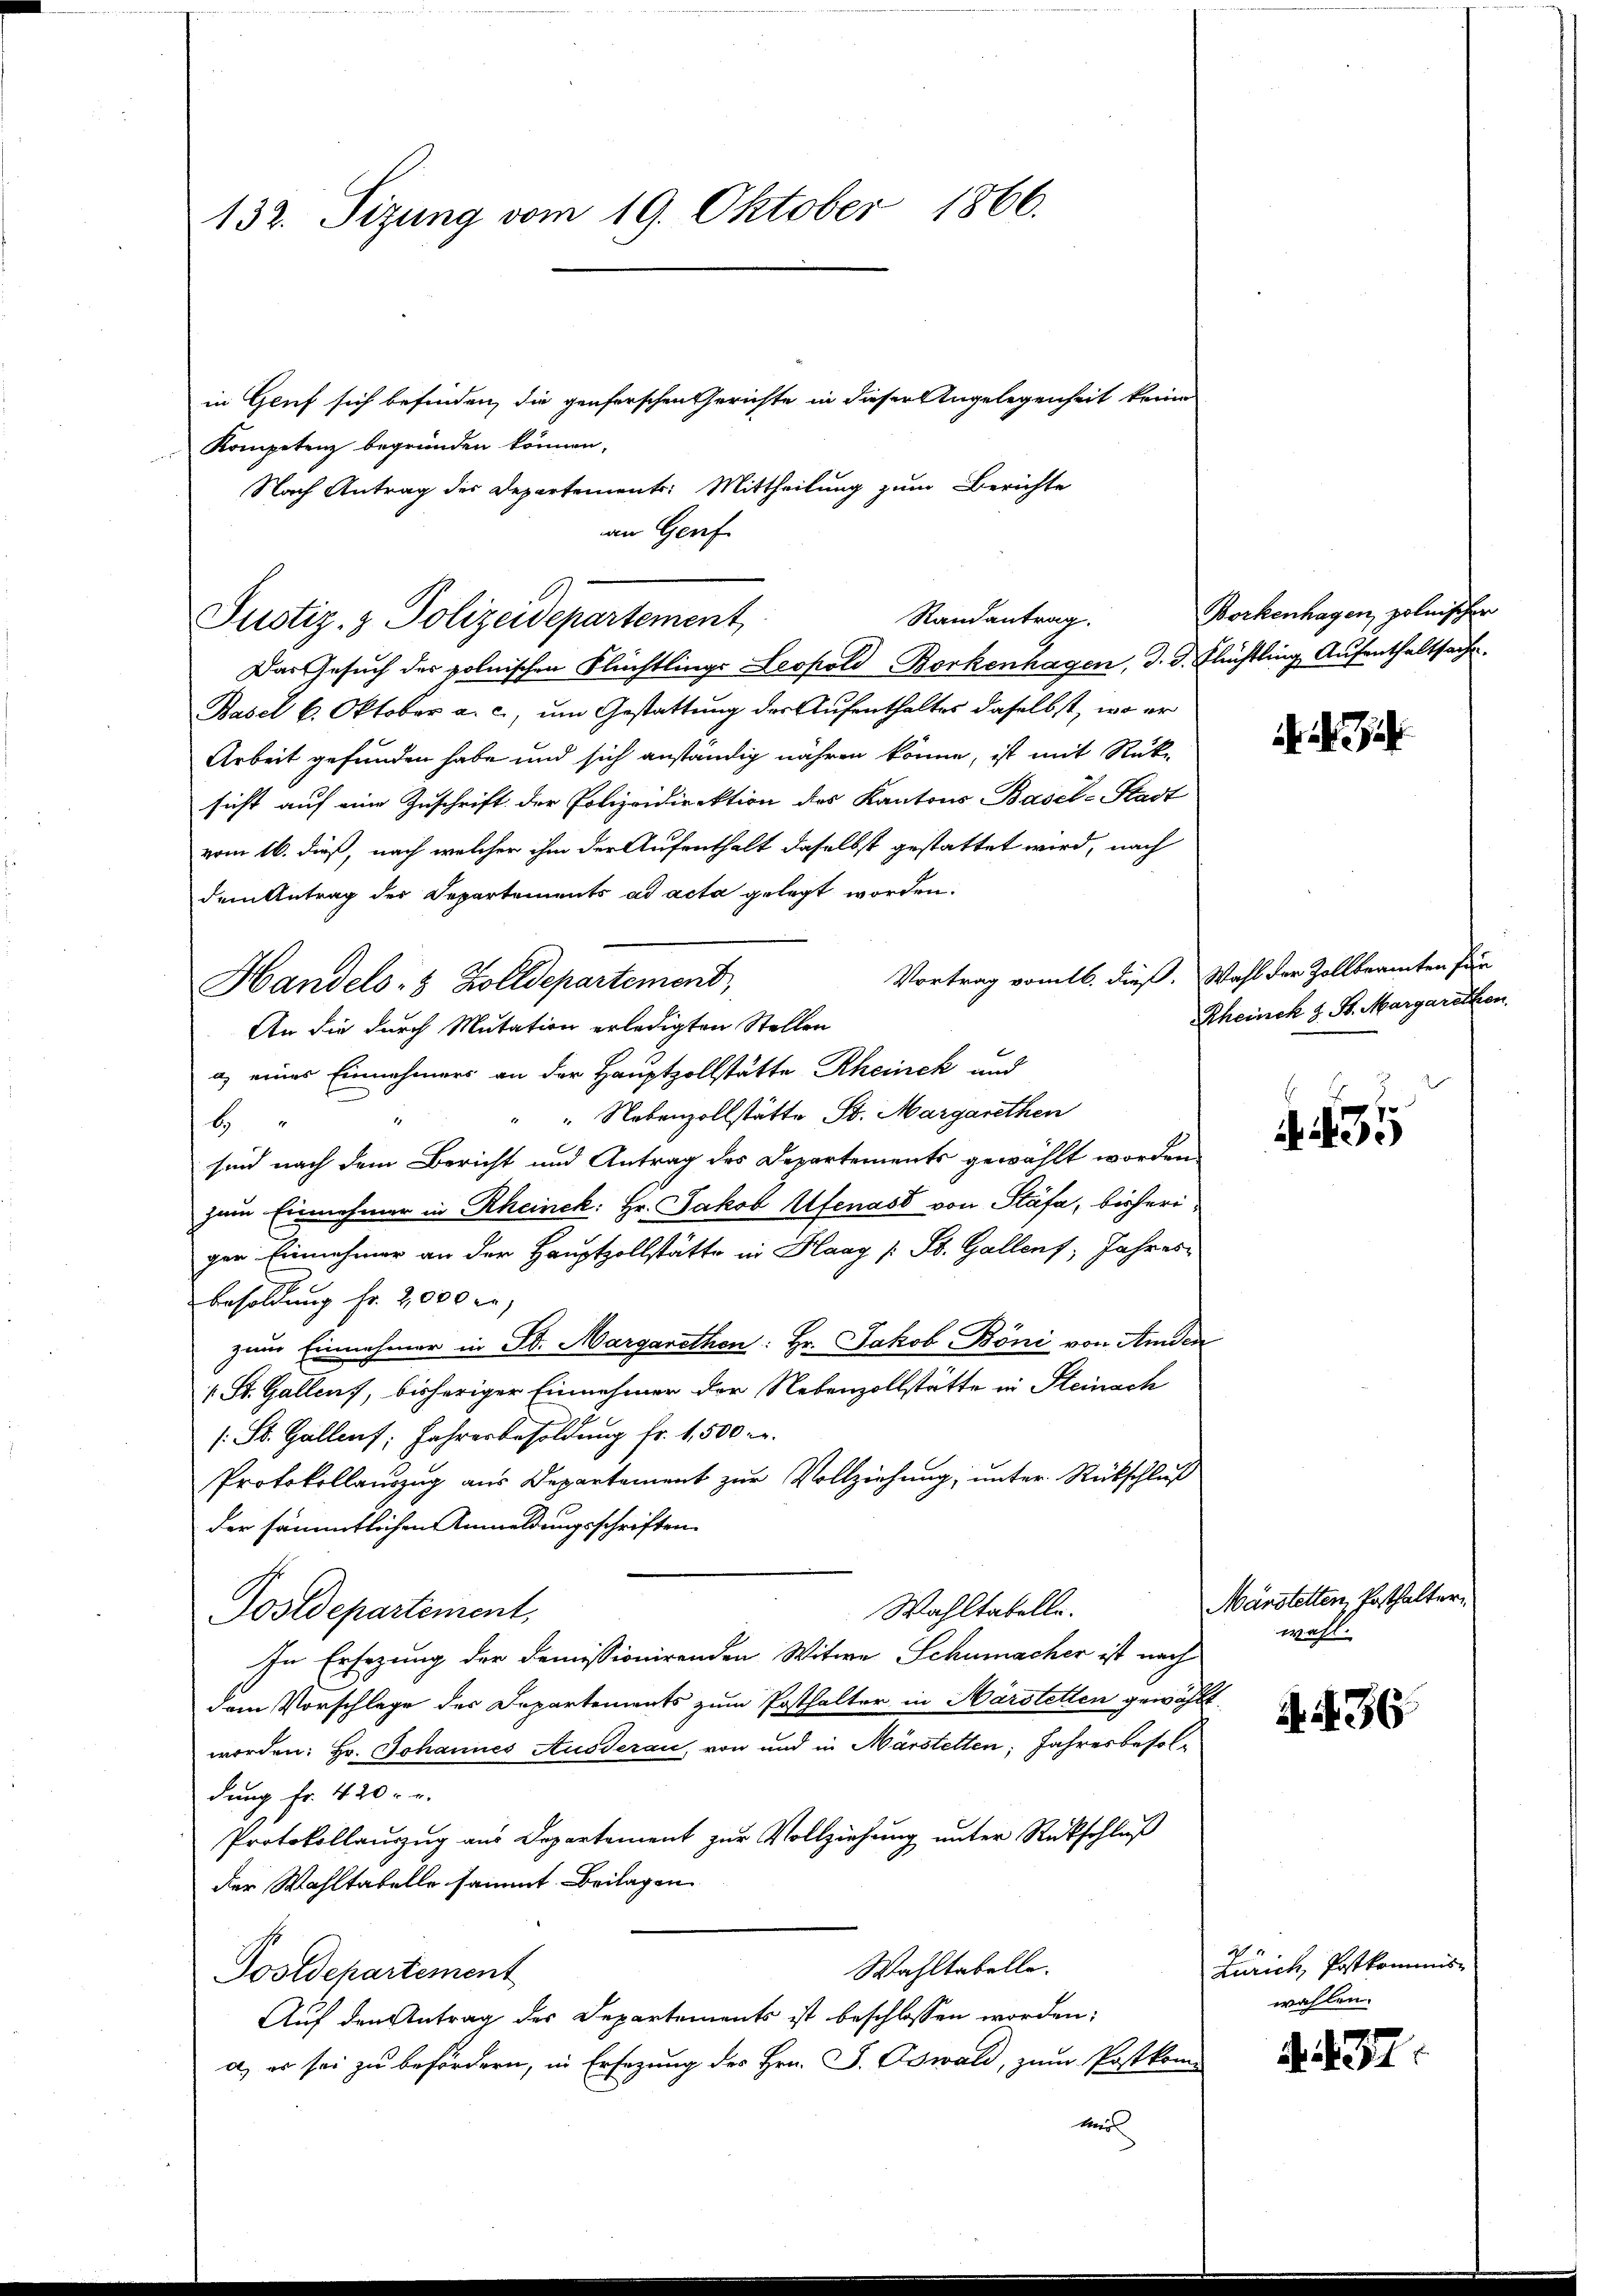
132. Sizung vom 19. Oktober 1866.
in Gruf sich befinden, die genforschen Gerichte in dieser Angelegenheit kein
Kompetenz begründen können,

Nach Antrag des Departements: Mittheilung zum Berichte
an Genf.

Randantrag.
Justiz- & Polizeidepartement,

Das Gesuch des polnischen Flüchtlings Leopold-Borkenhagen, d. d. Flüchtling Aufenthaltsache.
Basel 6. Oktober a. c., um Gestattung der Aufenthaltes daselbst, wo er
Arbeit gefunden habe und sich anständig nähren könne, ist mit Rück-
sicht auf eine Zuschrift der Polizeidirektion des Kantons Basel-Stadt
vom 16. dieß, nach welcher ihm der Aufenthalt daselbst gestattet wird, nach
dem Antrag der Departements ad acta gelegt worden.
An die durch Mutation erledigten Stellen
a) eines Einnehmers an der Hauptzollstätte Rheinek und
" Nebenzollstätte St. Margarethen
H
sind nach dem Bericht und Antrag des Departements gewählt worden
zum Einnehmer in Rheinek: Hr. Jakob Ufenast von Stäfa, bisheriger Einnehmer an der Hauptzollstätte in Haag (: St. Gallens, Jahres
Besoldung fr. 2,000 r
zum Einnehmer in St. Margarethen: Hr. Jakob Böni von Amden
 St. Gallen, bisheriger Einnehmer der Nebenzollstätte in Steinach
s: St. Gallenf; Jahresbesoldung fr. 1,500 M.
Protokollauszug aus Departement zur Vollziehung; unter Rückschluß
der sämmtlichen Anmeldungsschriften
Wahltabelle.
Postdepartement,
In Ersezung der Demissionirenden Witwe Schumacher ist nach
dem Vorschlage des Departements zum Posthalter in Märstetten gewählt.
worden: Hr. Johannes Ausderau, von und in Märstetten Jahresbesoldung fr. 420 - u.
Protokollauszug aus Departement zur Vollziehung unter Rückschluß
der Wahltabelle sammt Beilagen
Wahltabelle.
Postdepartement
Auf den Antrag des Departements ist beschlossen worden;
a) es sei zu befördern, in Ersezung des Hrn. P. Oswald, zum Postkom
t

Handels- & Zolldepartement,

Borkenhagen, polnischer

Vortrag vom 16. dieß. Wahl der Zollbeamten für
Rheinck z. B. Margarethen.

35

Märstetten, Posthalter
wahl.

d. A. 36

Zürich, Postkommis-
wahlen.

A. 37